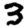
Digit: 3